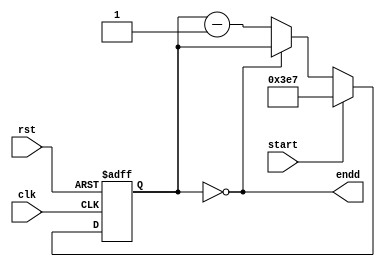
module counter(
    input rst,
    input clk,
    input start,
    output endd);
    
    reg [9:0] cnt;
    
    assign endd = (cnt==0);
    
    always @(posedge clk, negedge rst)
    begin
        if (~rst)
        begin
            cnt <= 0;
        end
        else
        begin
            if (start)
                cnt <= 999;
            else if (~endd)
                cnt <= cnt-1;
        end
    end // always
endmodule